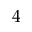
4